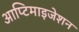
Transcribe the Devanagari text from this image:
आप्टिमाइजेशन